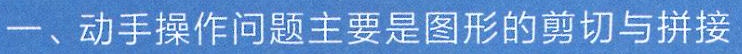
一、动手操作问题主要是图形的剪切与拼接